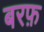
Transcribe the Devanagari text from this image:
बरफ़